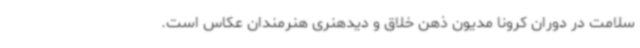
سلامت در دوران کرونا مدیون ذهن خلاق و دیدهنری هنرمندان عکاس است.